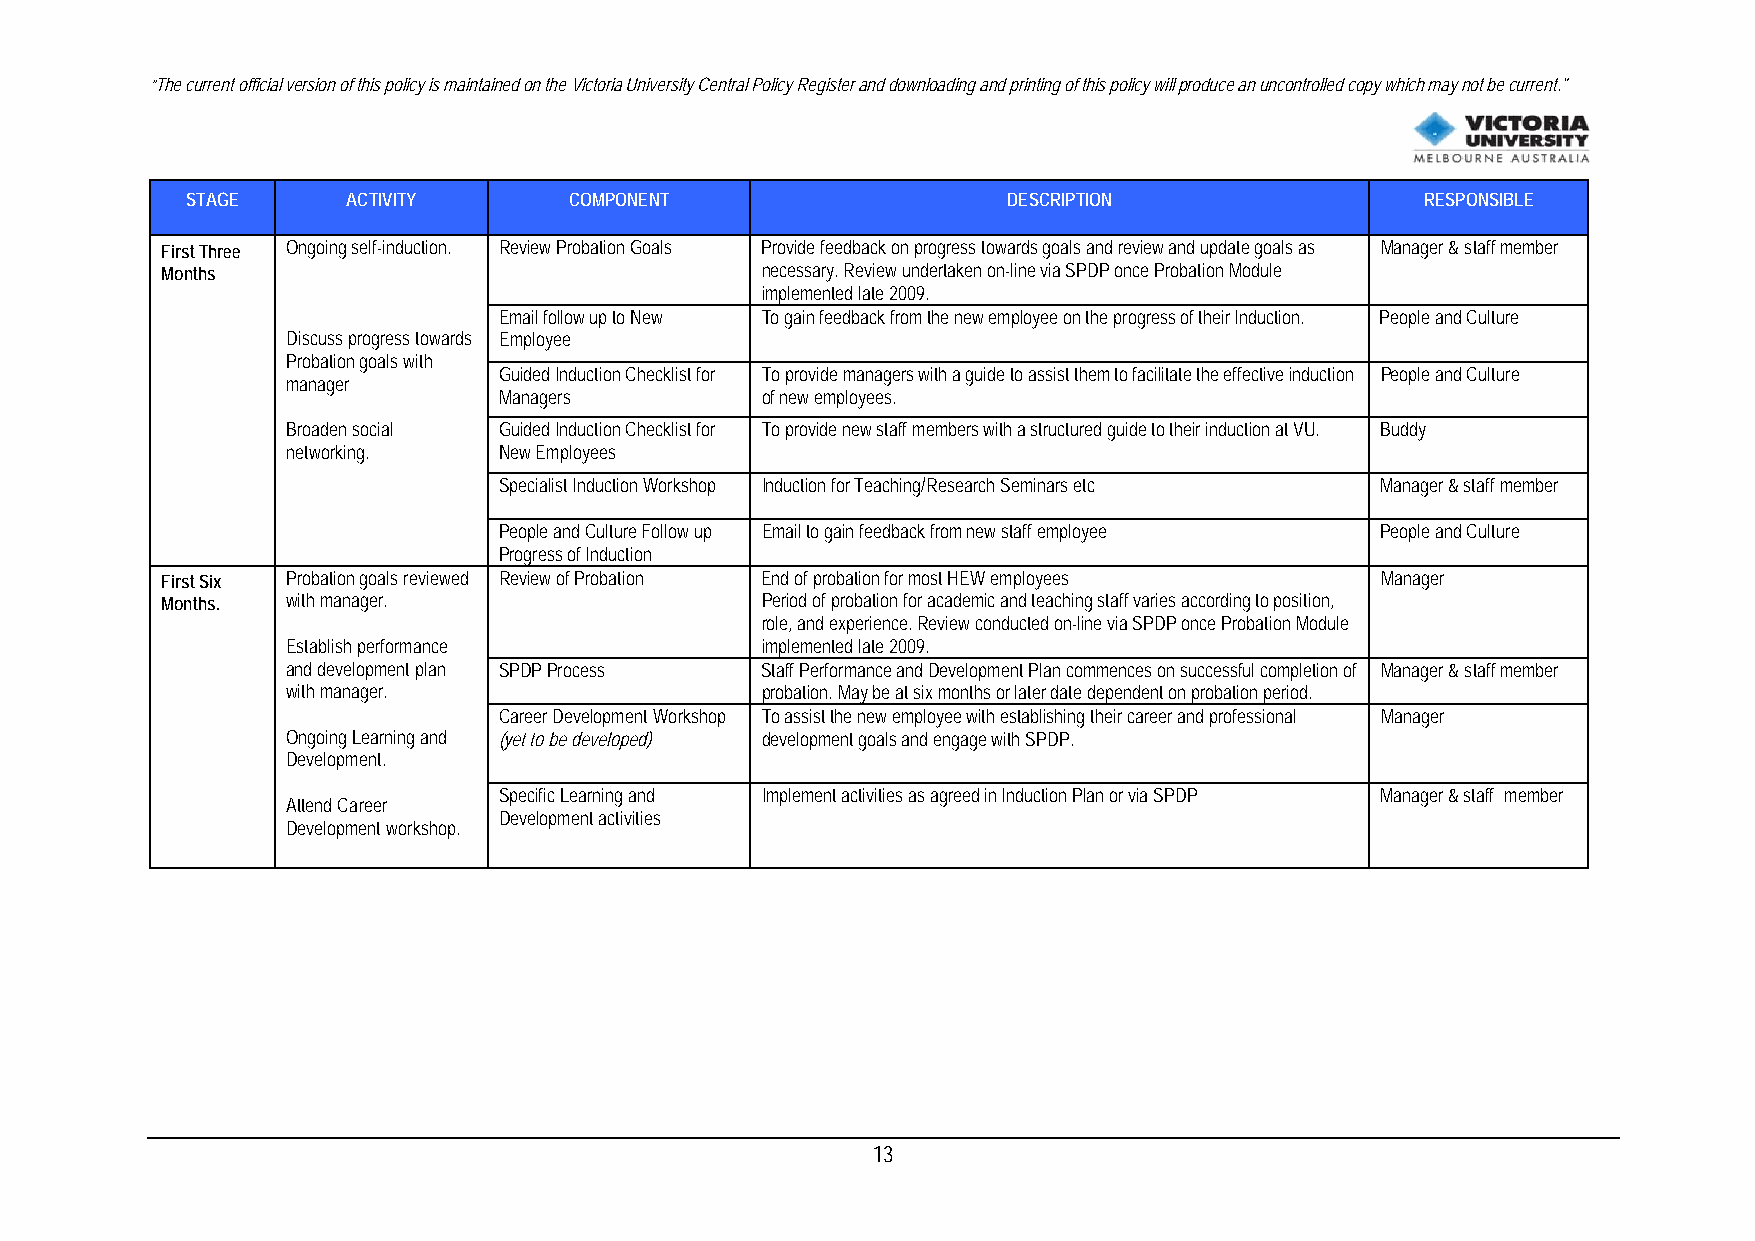
“The current official version of this policy is maintained on the Victoria University Central Policy Register and downloading and printing of this policy will produce an uncontrolled copy which may not be current."
 STAGE      ACTIVITY       COMPONENT                    DESCRIPTION                RESPONSIBLE
 First Three Ongoing self-induction. Review Probation Goals Provide feedback on progress towards goals and review and update goals as Manager & staff member
 Months                                 necessary. Review undertaken on-line via SPDP once Probation Module
 implemented late 2009.
 Email follow up to New To gain feedback from the new employee on the progress of their Induction. People and Culture
 Discuss progress towards Employee
 Probation goals with
 Guided Induction Checklist for To provide managers with a guide to assist them to facilitate the effective induction People and Culture
 manager
 Managers         of new employees.
 Broaden social Guided Induction Checklist for To provide new staff members with a structured guide to their induction at VU. Buddy
 networking.   New Employees
 Specialist Induction Workshop Induction for Teaching/Research Seminars etc Manager & staff member
 People and Culture Follow up Email to gain feedback from new staff employee People and Culture
 Progress of Induction
 First Six Probation goals reviewed Review of Probation End of probation for most HEW employees Manager
 Months. with manager.                  Period of probation for academic and teaching staff varies according to position,
 role, and experience. Review conducted on-line via SPDP once Probation Module
 Establish performance          implemented late 2009.
 and development plan SPDP Process Staff Performance and Development Plan commences on successful completion of Manager & staff member
 with manager.                  probation. May be at six months or later date dependent on probation period.
 Career Development Workshop To assist the new employee with establishing their career and professional Manager
 Ongoing Learning and (yet to be developed) development goals and engage with SPDP.
 Development.
 Specific Learning and Implement activities as agreed in Induction Plan or via SPDP Manager & staff member
 Attend Career
 Development activities
 Development workshop.
 13